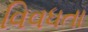
વિવધતા